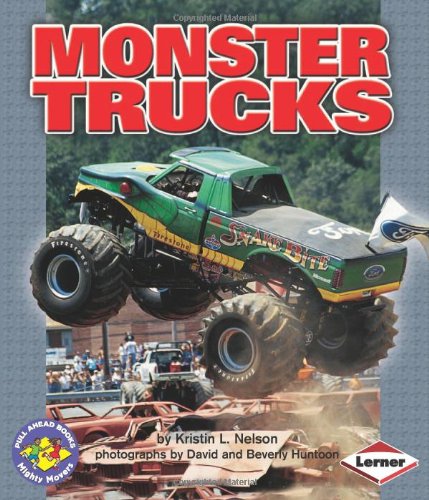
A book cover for Monster Trucks (Pull Ahead Books); Kristin L. Nelson; Sports & Outdoors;